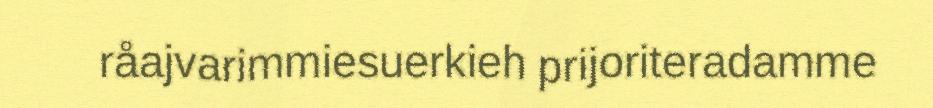
råajvarimmiesuerkieh prijoriteradamme